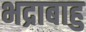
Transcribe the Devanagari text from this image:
भद्राबाहु